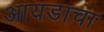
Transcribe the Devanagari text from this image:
आयडाचा